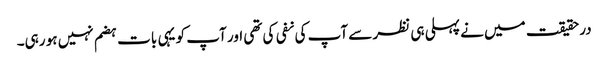
درحقیقت میں نے پہلی ہی نظر سے آپ کی نفی کی تھی اور آپ کو یہی بات ہضم نہیں ہو رہی۔